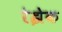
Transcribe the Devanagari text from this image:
रेझेक